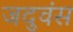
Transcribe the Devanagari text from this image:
जदुवंस